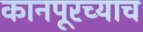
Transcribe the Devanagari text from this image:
कानपूरच्याच